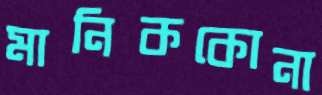
মানিককোনা